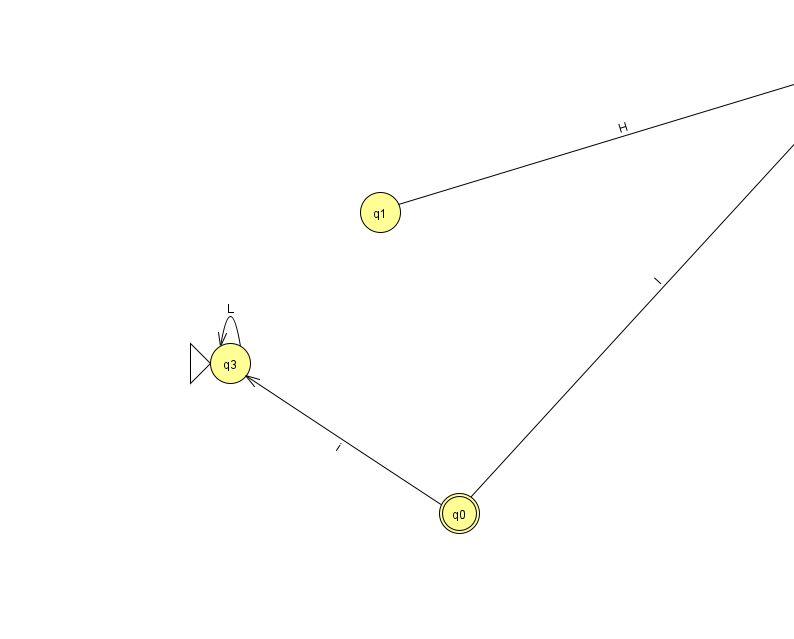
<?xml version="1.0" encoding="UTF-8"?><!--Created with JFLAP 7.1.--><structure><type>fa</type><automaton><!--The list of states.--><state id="0" name="q0"><x>459.0</x><y>500.0</y><final/></state><state id="1" name="q1"><x>380.0</x><y>199.0</y></state><state id="2" name="q2"><x>872.0</x><y>50.0</y></state><state id="3" name="q3"><x>230.0</x><y>350.0</y><initial/></state><!--The list of transitions.--><transition><from>0</from><to>2</to><read>I</read></transition><transition><from>1</from><to>2</to><read>H</read></transition><transition><from>0</from><to>3</to><read>i</read></transition><transition><from>3</from><to>3</to><read>L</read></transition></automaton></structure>